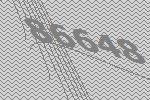
86648